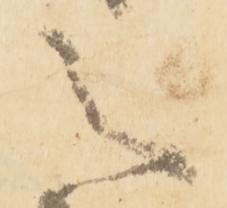
之